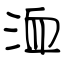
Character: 洫